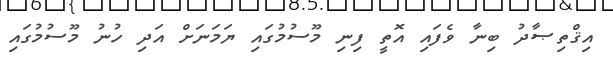
އިޤްތިޞާދު ބިނާ ވެފައި އޮތީ ފިނި މޫސުމުގައި ޔަމަނަށް އަދި ހުނު މޫސުމުގައި